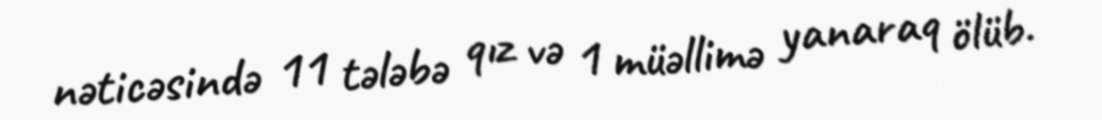
nəticəsində 11 tələbə qız və 1 müəllimə yanaraq ölüb.